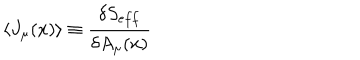
\langle J _ { \mu } ( x ) \rangle \equiv \frac { \delta S _ { e f f } } { \delta A _ { \mu } ( x ) }